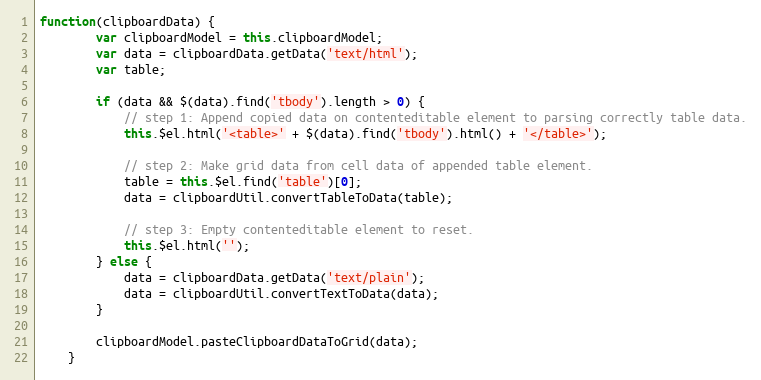
Language: JavaScript
function(clipboardData) {
        var clipboardModel = this.clipboardModel;
        var data = clipboardData.getData('text/html');
        var table;

        if (data && $(data).find('tbody').length > 0) {
            // step 1: Append copied data on contenteditable element to parsing correctly table data.
            this.$el.html('<table>' + $(data).find('tbody').html() + '</table>');

            // step 2: Make grid data from cell data of appended table element.
            table = this.$el.find('table')[0];
            data = clipboardUtil.convertTableToData(table);

            // step 3: Empty contenteditable element to reset.
            this.$el.html('');
        } else {
            data = clipboardData.getData('text/plain');
            data = clipboardUtil.convertTextToData(data);
        }

        clipboardModel.pasteClipboardDataToGrid(data);
    }